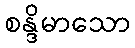
စန္ဒိမာသော